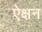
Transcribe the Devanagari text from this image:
ऐक्षन